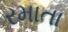
રમાતા